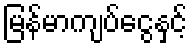
မြန်မာကျပ်ငွေနှင့်